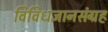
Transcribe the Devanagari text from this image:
विविधज्ञानसंग्रह